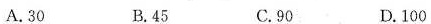
A. 30 B. 45 C. 90 D. 100